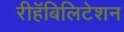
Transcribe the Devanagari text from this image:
रीहॅबिलिटेशन